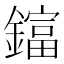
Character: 𨬬